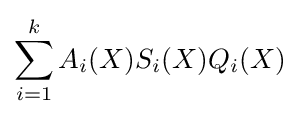
\sum _{i=1}^{k}A_{i}(X)S_{i}(X)Q_{i}(X)